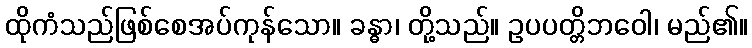
ထိုကံသည်ဖြစ်စေအပ်ကုန်သော။ ခန္ဓာ၊ တို့သည်။ ဥပပတ္တိဘဝေါ၊ မည်၏။